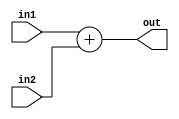
module ADDER(
  output reg [15:0] out,
  input [15:0] in1,
  input [15:0] in2
);
  
  always @ (*) out = in1 + in2;
  
endmodule